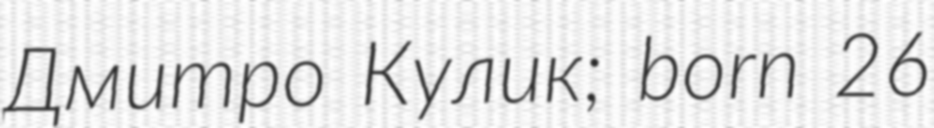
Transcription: Дмитро Кулик; born 26